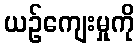
ယဉ်ကျေးမှုကို